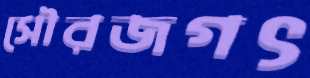
সৌরজগৎ